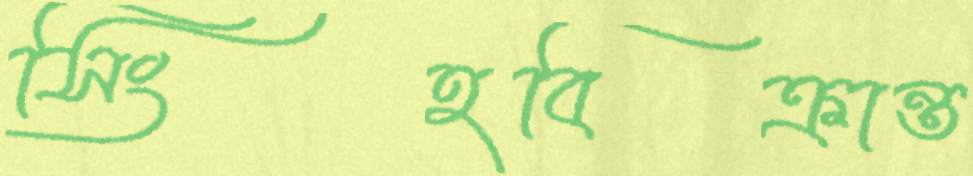
সিংহবিক্রান্ত